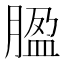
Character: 𦝚